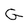
Character: G